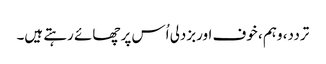
تردد، وہم ، خوف اوربزدلی اُس پر چھائے رہتے ہیں۔